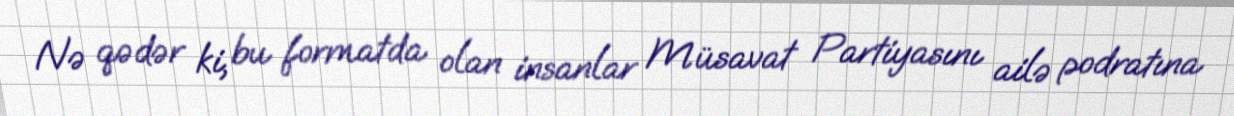
Nə qədər ki, bu formatda olan insanlar Müsavat Partiyasını ailə podratına